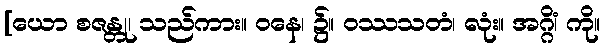
[ယော စဇန္တု၊ သည်ကား။ ဝနေ၊ ၌။ ဝဿသတံ၊ လုံး။ အဂ္ဂိံ၊ ကို။